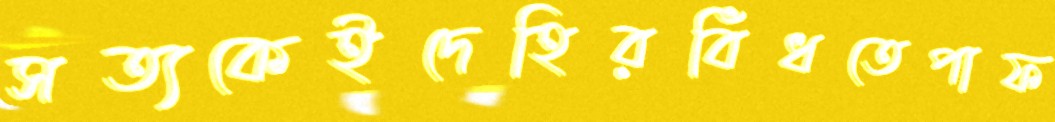
সত্যকেইদেহিরবিঁধতেপাফ